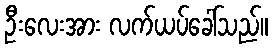
ဦးလေးအား လက်ယပ်ခေါ်သည်။